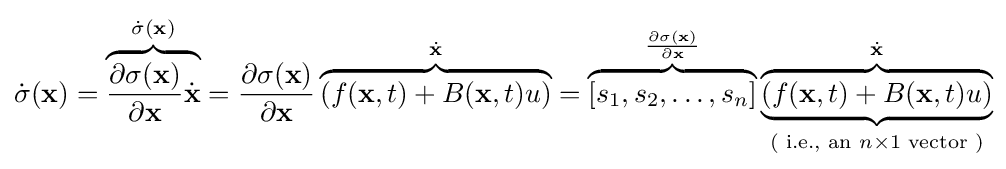
{\dot {\sigma }}(\mathbf {x} )=\overbrace {{\frac {\partial {\sigma (\mathbf {x} )}}{\partial {\mathbf {x} }}}{\dot {\mathbf {x} }}} ^{{\dot {\sigma }}(\mathbf {x} )}={\frac {\partial {\sigma (\mathbf {x} )}}{\partial {\mathbf {x} }}}\overbrace {\left(f(\mathbf {x} ,t)+B(\mathbf {x} ,t)u\right)} ^{\dot {\mathbf {x} }}=\overbrace {[s_{1},s_{2},\ldots ,s_{n}]} ^{\frac {\partial {\sigma (\mathbf {x} )}}{\partial {\mathbf {x} }}}\underbrace {\overbrace {\left(f(\mathbf {x} ,t)+B(\mathbf {x} ,t)u\right)} ^{\dot {\mathbf {x} }}} _{{\text{( i.e., an }}n\times 1{\text{ vector )}}}